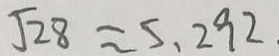
\sqrt { 2 8 } \approx 5 . 2 9 2 .